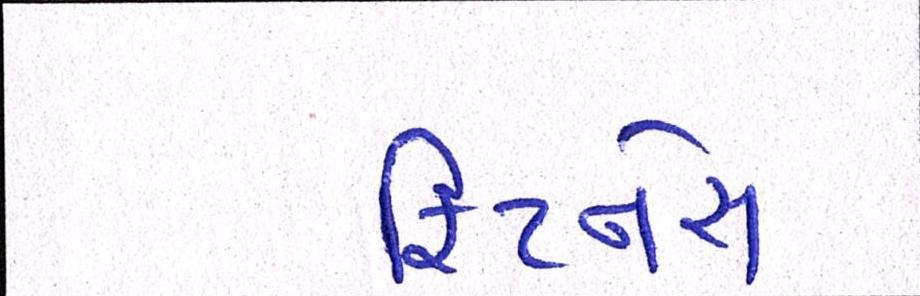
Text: ફિટનેસ